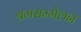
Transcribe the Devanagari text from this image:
श्रमसम्मेलन